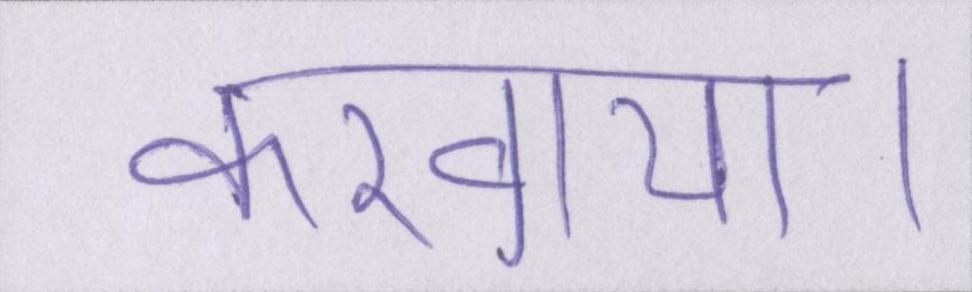
करवाया।